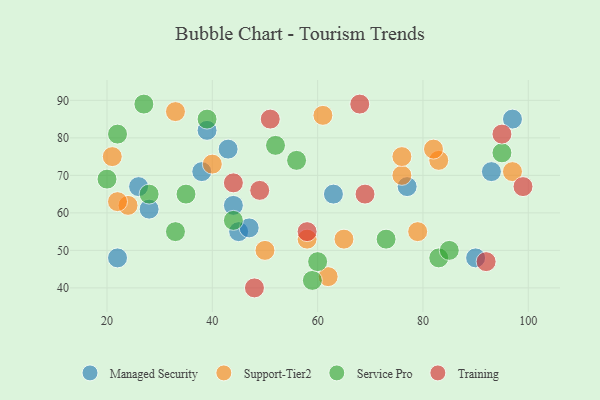
{"axis": {"x": "GDP", "y": "Life Expectancy"}, "legend": ["Managed Security", "Service Pro", "Support-Tier2", "Training"], "data": [{"x": "39", "y": 82, "type": "Managed Security"}, {"x": "77", "y": 67, "type": "Managed Security"}, {"x": "26", "y": 67, "type": "Managed Security"}, {"x": "45", "y": 55, "type": "Managed Security"}, {"x": "43", "y": 77, "type": "Managed Security"}, {"x": "93", "y": 71, "type": "Managed Security"}, {"x": "44", "y": 62, "type": "Managed Security"}, {"x": "90", "y": 48, "type": "Managed Security"}, {"x": "28", "y": 61, "type": "Managed Security"}, {"x": "38", "y": 71, "type": "Managed Security"}, {"x": "63", "y": 65, "type": "Managed Security"}, {"x": "47", "y": 56, "type": "Managed Security"}, {"x": "97", "y": 85, "type": "Managed Security"}, {"x": "22", "y": 48, "type": "Managed Security"}, {"x": "24", "y": 62, "type": "Support-Tier2"}, {"x": "65", "y": 53, "type": "Support-Tier2"}, {"x": "76", "y": 70, "type": "Support-Tier2"}, {"x": "83", "y": 74, "type": "Support-Tier2"}, {"x": "79", "y": 55, "type": "Support-Tier2"}, {"x": "40", "y": 73, "type": "Support-Tier2"}, {"x": "97", "y": 71, "type": "Support-Tier2"}, {"x": "50", "y": 50, "type": "Support-Tier2"}, {"x": "76", "y": 75, "type": "Support-Tier2"}, {"x": "62", "y": 43, "type": "Support-Tier2"}, {"x": "82", "y": 77, "type": "Support-Tier2"}, {"x": "22", "y": 63, "type": "Support-Tier2"}, {"x": "58", "y": 53, "type": "Support-Tier2"}, {"x": "61", "y": 86, "type": "Support-Tier2"}, {"x": "21", "y": 75, "type": "Support-Tier2"}, {"x": "33", "y": 87, "type": "Support-Tier2"}, {"x": "35", "y": 65, "type": "Service Pro"}, {"x": "22", "y": 81, "type": "Service Pro"}, {"x": "56", "y": 74, "type": "Service Pro"}, {"x": "95", "y": 76, "type": "Service Pro"}, {"x": "33", "y": 55, "type": "Service Pro"}, {"x": "27", "y": 89, "type": "Service Pro"}, {"x": "52", "y": 78, "type": "Service Pro"}, {"x": "28", "y": 65, "type": "Service Pro"}, {"x": "59", "y": 42, "type": "Service Pro"}, {"x": "20", "y": 69, "type": "Service Pro"}, {"x": "83", "y": 48, "type": "Service Pro"}, {"x": "85", "y": 50, "type": "Service Pro"}, {"x": "39", "y": 85, "type": "Service Pro"}, {"x": "44", "y": 58, "type": "Service Pro"}, {"x": "73", "y": 53, "type": "Service Pro"}, {"x": "60", "y": 47, "type": "Service Pro"}, {"x": "68", "y": 89, "type": "Training"}, {"x": "48", "y": 40, "type": "Training"}, {"x": "51", "y": 85, "type": "Training"}, {"x": "92", "y": 47, "type": "Training"}, {"x": "95", "y": 81, "type": "Training"}, {"x": "58", "y": 55, "type": "Training"}, {"x": "99", "y": 67, "type": "Training"}, {"x": "44", "y": 68, "type": "Training"}, {"x": "69", "y": 65, "type": "Training"}, {"x": "49", "y": 66, "type": "Training"}]}